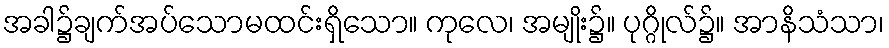
အခါ၌ချက်အပ်သောမထင်းရှိသော။ ကုလေ၊ အမျိုး၌။ ပုဂ္ဂိုလ်၌။ အာနိသံသာ၊